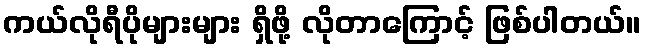
ကယ်လိုရီပိုများများ ရှိဖို့ လိုတာကြောင့် ဖြစ်ပါတယ်။